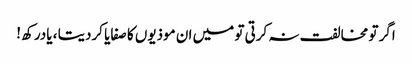
اگر تو مخالفت نہ کرتی تو میں ان موذیوں کا صفایا کردیتا ، یادرکھ !